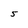
Character: 5